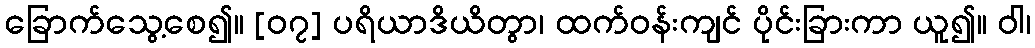
ခြောက်သွေ့စေ၍။ [၀၇] ပရိယာဒိယိတွာ၊ ထက်ဝန်းကျင် ပိုင်းခြားကာ ယူ၍။ ဝါ၊